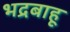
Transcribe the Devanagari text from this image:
भद्रबाहू